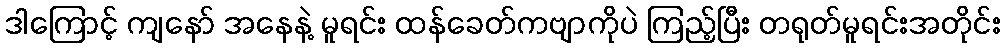
ဒါကြောင့် ကျနော် အနေနဲ့ မူရင်း ထန်ခေတ်ကဗျာကိုပဲ ကြည့်ပြီး တရုတ်မူရင်းအတိုင်း